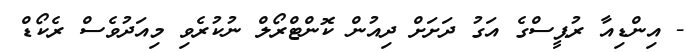
- އިންޑިއާ ރުޕީސްގެ އަގު ދަށަށް ދިއުން ކޮންޓްރޯލް ނުކުރެވި މިއަދުވެސް ރެކޯޑް